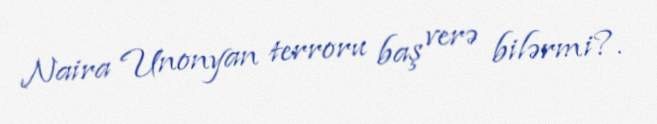
Naira Unonyan terroru baş verə bilərmi?.